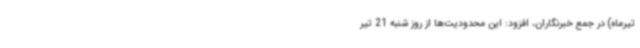
تیرماه) در جمع خبرنگاران، افزود: این محدودیت‌ها از روز شنبه 21 تیر